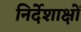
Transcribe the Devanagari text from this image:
निर्देशाक्षों